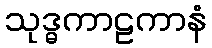
သုဒ္ဓကာဠကာနံ